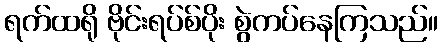
ရက်ထရို ဗိုင်းရပ်စ်ပိုး စွဲကပ်နေကြသည်။